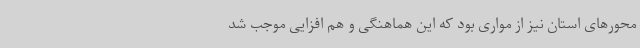
محورهای استان نیز از مواری بود که این هماهنگی و هم افزایی موجب شد